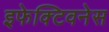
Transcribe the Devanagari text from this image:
इफेक्टिवनेस